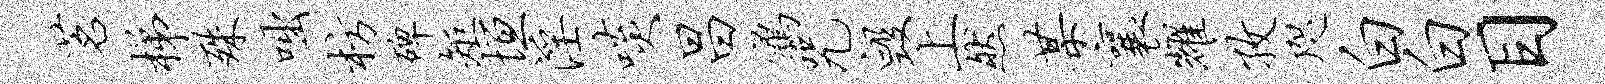
茗梯殊咄枋碑矩垣淫啖昌鹑咒毁上然某襄耀孜咫白白目